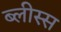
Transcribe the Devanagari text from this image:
ब्लीस्स